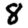
Digit: 8